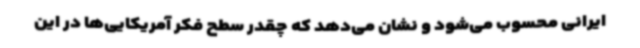
ایرانی محسوب می‌شود و نشان می‌دهد که چقدر سطح فکر آمریکایی‌ها در این